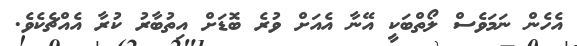
އެހެން ނަމަވެސް ލޯތްބަކީ އޭނާ އެއަށް ވުރެ ބޮޑަށް އިތުބާރު ކުރާ އެއްޗެކެވެ.